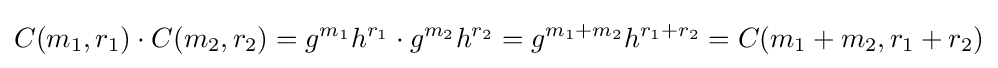
C(m_{1},r_{1})\cdot C(m_{2},r_{2})=g^{m_{1}}h^{r_{1}}\cdot g^{m_{2}}h^{r_{2}}=g^{m_{1}+m_{2}}h^{r_{1}+r_{2}}=C(m_{1}+m_{2},r_{1}+r_{2})